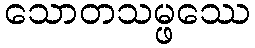
သောတသမ္ဖဿေ